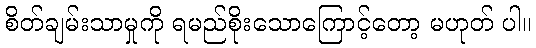
စိတ်ချမ်းသာမှုကို ရမည်စိုးသောကြောင့်တော့ မဟုတ် ပါ။